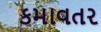
કમાવતર